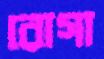
রোগা